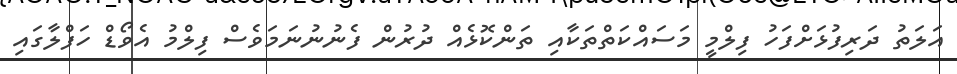
އަލަތު ދަރިފުޅަށްފަހު ފިލްމީ މަސައްކަތްތަކާއި ތަންކޮޅެއް ދުރުން ފެނުނުނަމަވެސް ފިލްމު އެވޯޑް ހަފްލާގައި